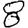
Digit: 8